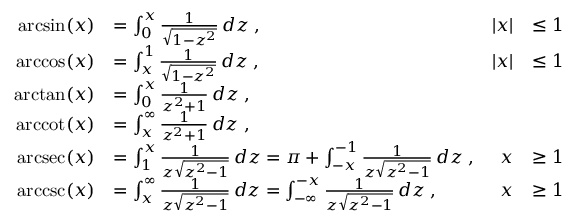
{ \begin{array} { r l r l } { \arcsin ( x ) } & { = \int _ { 0 } ^ { x } { \frac { 1 } { \sqrt { 1 - z ^ { 2 } } } } \, d z \; , } & { | x | } & { \leq 1 } \\ { \operatorname { a r c c o s } ( x ) } & { = \int _ { x } ^ { 1 } { \frac { 1 } { \sqrt { 1 - z ^ { 2 } } } } \, d z \; , } & { | x | } & { \leq 1 } \\ { \arctan ( x ) } & { = \int _ { 0 } ^ { x } { \frac { 1 } { z ^ { 2 } + 1 } } \, d z \; , } \\ { \operatorname { a r c c o t } ( x ) } & { = \int _ { x } ^ { \infty } { \frac { 1 } { z ^ { 2 } + 1 } } \, d z \; , } \\ { \operatorname { a r c s e c } ( x ) } & { = \int _ { 1 } ^ { x } { \frac { 1 } { z { \sqrt { z ^ { 2 } - 1 } } } } \, d z = \pi + \int _ { - x } ^ { - 1 } { \frac { 1 } { z { \sqrt { z ^ { 2 } - 1 } } } } \, d z \; , } & { x } & { \geq 1 } \\ { \operatorname { a r c c s c } ( x ) } & { = \int _ { x } ^ { \infty } { \frac { 1 } { z { \sqrt { z ^ { 2 } - 1 } } } } \, d z = \int _ { - \infty } ^ { - x } { \frac { 1 } { z { \sqrt { z ^ { 2 } - 1 } } } } \, d z \; , } & { x } & { \geq 1 } \end{array} }